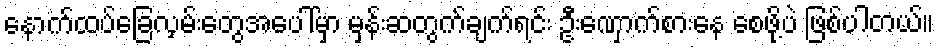
နောက်ထပ်ခြေလှမ်းတွေအပေါ်မှာ မှန်းဆတွက်ချက်ရင်း ဦးဏှောက်စားနေ စေဖို့ပဲ ဖြစ်ပါတယ်။